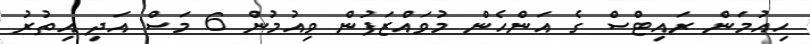
ހިއުމަން ރައިޓްސް ގެ އަންހެން މުވައްޒަފުން ވިއުމުން 6 މަސް އަދި އިތުރު